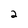
Character: 2